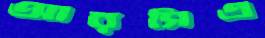
আরসিএ